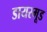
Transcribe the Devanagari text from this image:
डायरमूड